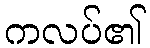
ကလပ်၏